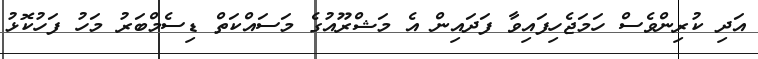
އަދި ކުރިންވެސް ހަމަޖެހިފައިވާ ފަދައިން އެ މަޝްރޫއުގެ މަސައްކަތް ޑިސެމްބަރު މަހު ފަހުކޮޅު